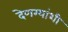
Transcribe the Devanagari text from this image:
देणग्यांशी